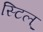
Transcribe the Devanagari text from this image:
स्टिल्